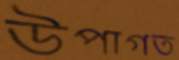
উপাগত